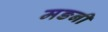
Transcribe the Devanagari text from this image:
मङनी